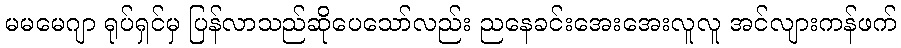
မမမေဂျာ ရုပ်ရှင်မှ ပြန်လာသည်ဆိုပေသော်လည်း ညနေခင်းအေးအေးလူလူ အင်လျားကန်ဖက်